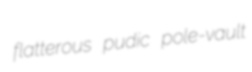
flatterous pudic pole-vault